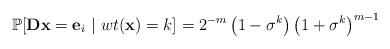
LaTeX: \begin{align*} \mathbb{P}[\mathbf{D} \mathbf{x} = \mathbf{e}_i~ | ~wt(\mathbf{x})=k] = 2^{-m} \left(1 - \sigma^k \right) \left(1 + \sigma^k \right)^{m-1} \end{align*}